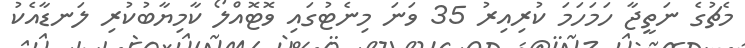
މެޗުގެ ނަތީޖާ ހަމަހަމަ ކުރިއިރު 35 ވަނަ މިނެޓުގައި ވޮޓޮއްލޯ ކާމިޔާބުކުރި ލަނޑާއެކު